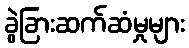
ခွဲခြားဆက်ဆံမှုများ